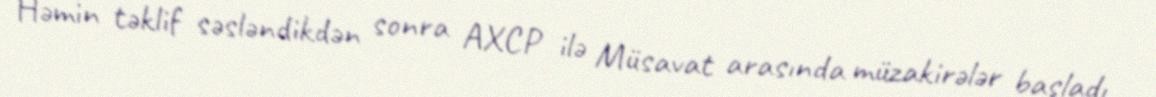
Həmin təklif səsləndikdən sonra AXCP ilə Müsavat arasında müzakirələr başladı